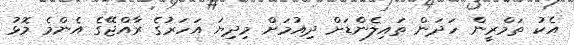
އެކު ތަމްރީން ހަދަން ތައިލެންޑަށް ދިއުމަށް މިދިޔަ އަހަރުގެ ރާއްޖޭގެ އެންމެ މޮޅު